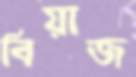
বিয়াজ